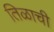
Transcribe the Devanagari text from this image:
तिळाची